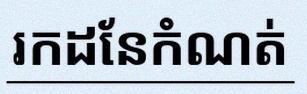
រកដែនកំណត់